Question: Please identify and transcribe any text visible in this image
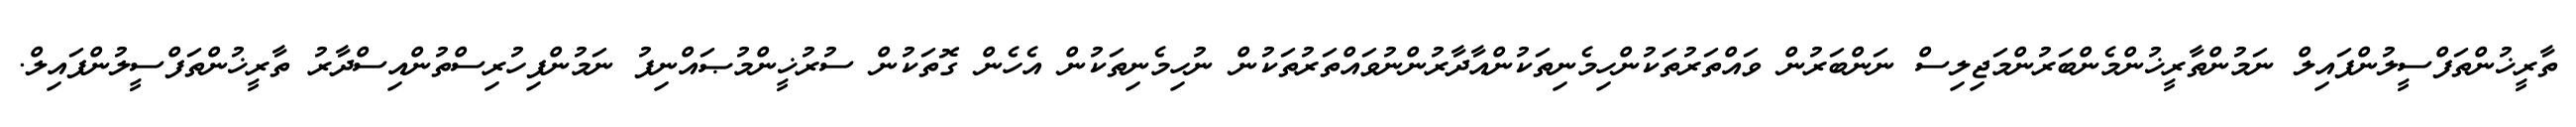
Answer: ތާރީޚުންތަފްސީލުންފައިލް ނަމުންތާރީޚުންމެންބަރުންމަޖިލިސް ނަންބަރުން ވައްތަރުތަކުންހިމެނިތަކުންއާދާރުންނުވައްތަރުތަކުން ނުހިމެނިތަކުން އެހެން ގޮތަކުން ސުރުޚީންމުޞައްނިފު ނަމުންފިހުރިސްތުންއިސްދާރު ތާރީޚުންތަފްސީލުންފައިލް.